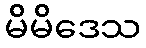
မိမိဒေသ